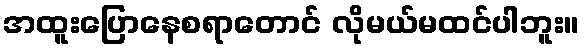
အထူးပြောနေစရာတောင် လိုမယ်မထင်ပါဘူး။